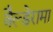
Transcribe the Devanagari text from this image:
वैल्डेरामा